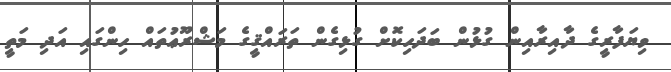
ވިޔަފާރީގެ ދާއިރާއިން ގުޅުން ބަދަހިކޮށް ގުޅިގެން ތަރައްޤީގެ މަޝްރޫޢުތައް ހިންގައި އަދި މަތީ